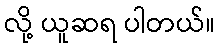
လို့ ယူဆရ ပါတယ်။